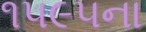
૧૫૯૫ના